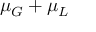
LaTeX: \mu _ { G } + \mu _ { L }